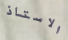
الاستاذ